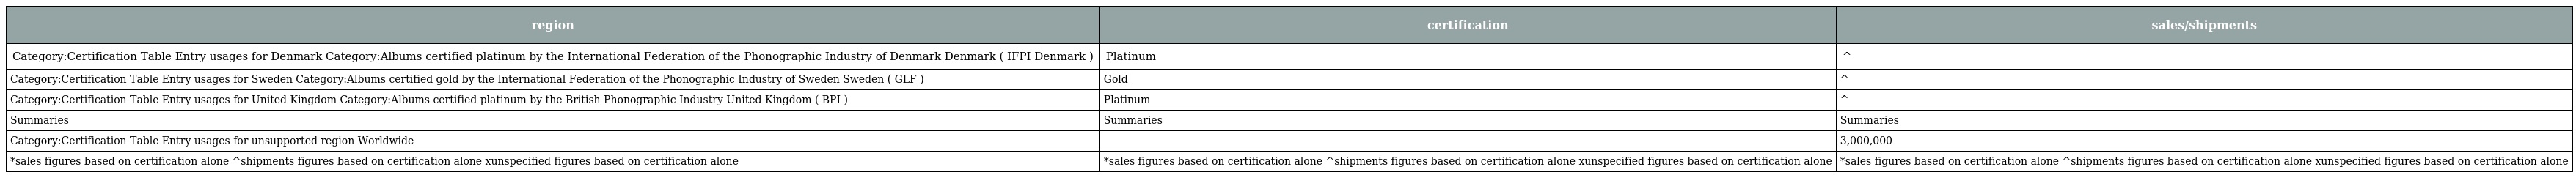
| region | certification | sales/shipments |
 | --- | --- | --- |
 | Category:Certification Table Entry usages for Denmark Category:Albums certified platinum by the International Federation of the Phonographic Industry of Denmark Denmark ( IFPI Denmark ) | Platinum | ^ |
 | Category:Certification Table Entry usages for Sweden Category:Albums certified gold by the International Federation of the Phonographic Industry of Sweden Sweden ( GLF ) | Gold | ^ |
 | Category:Certification Table Entry usages for United Kingdom Category:Albums certified platinum by the British Phonographic Industry United Kingdom ( BPI ) | Platinum | ^ |
 | Summaries | Summaries | Summaries |
 | Category:Certification Table Entry usages for unsupported region Worldwide |  | 3,000,000 |
 | *sales figures based on certification alone ^shipments figures based on certification alone xunspecified figures based on certification alone | *sales figures based on certification alone ^shipments figures based on certification alone xunspecified figures based on certification alone | *sales figures based on certification alone ^shipments figures based on certification alone xunspecified figures based on certification alone |